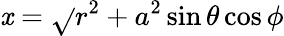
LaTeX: \mathit{x}={\sqrt{}{{r^{2}+a^{2}}}}\sin\theta\cos\phi